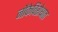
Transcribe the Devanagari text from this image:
नौकेविरोधात